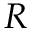
R